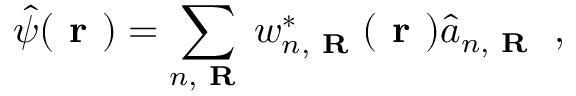
\hat { \psi } ( \textbf { r } ) = \sum _ { n , \textbf { R } } w _ { n , \textbf { R } } ^ { * } ( \textbf { r } ) \hat { a } _ { n , \textbf { R } } ~ ,